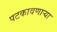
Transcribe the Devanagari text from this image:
पटकावणार्‍या